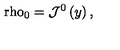
\mathrm { \ r h o } _ { 0 } = \mathcal { J } ^ { 0 } \left( y \right) ,